DOW-UAP-D62, Mission Report, Strait of Hormuz, September 2020
Agency: Department of War
Incident date: 9/16/20
Incident location: Strait of Hormuz
Page 5
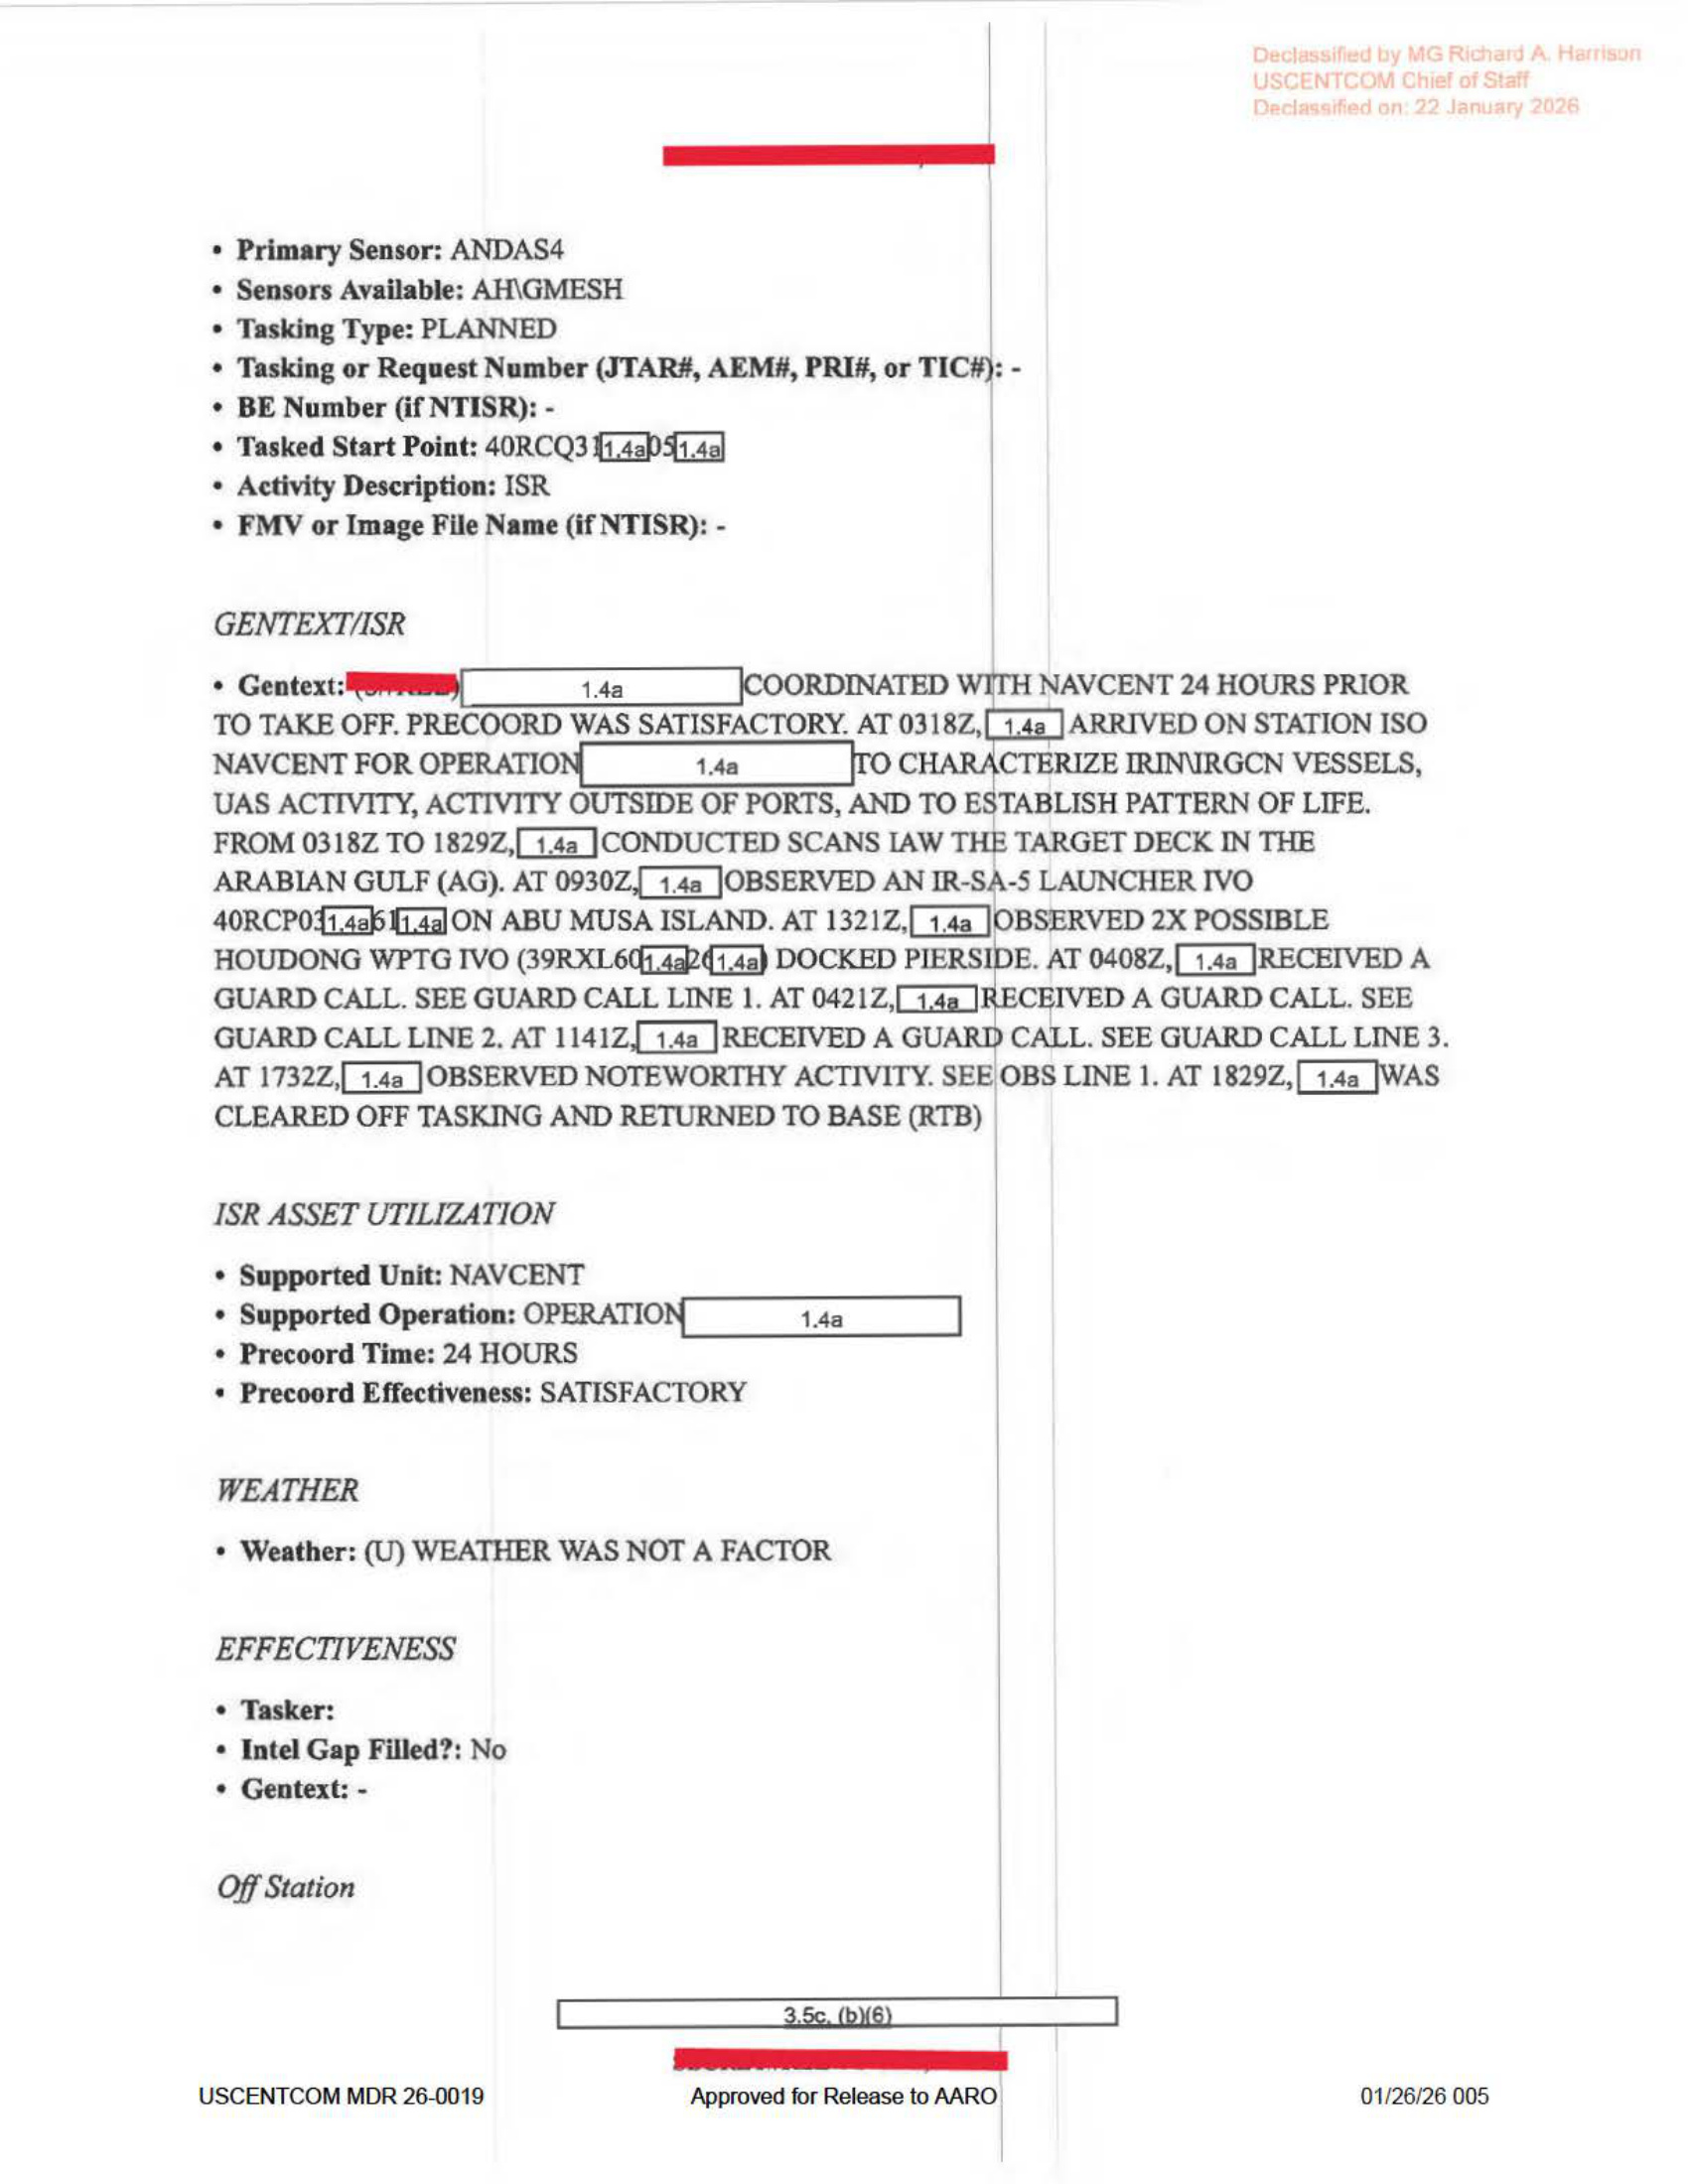